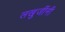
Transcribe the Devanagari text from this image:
लखुजींनी